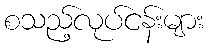
စသည့်လုပ်ငန်းများ